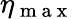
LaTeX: \eta_{\mathrm{~m~a~x~}}